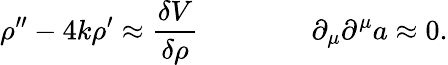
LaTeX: \rho^{\prime\prime}-4k\rho^{\prime}\approx{\frac{\delta V}{\delta\rho}}\qquad\qquad\partial_{\mu}\partial^{\mu}a\approx 0.